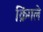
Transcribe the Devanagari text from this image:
क्रिंगले